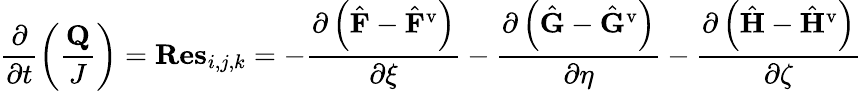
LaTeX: \frac{\partial}{\partial t}\left(\frac{\mathbf{Q}}{J}\right)=\mathbf{Res}_{i,j,k}=-\frac{\partial\left(\hat{\mathbf{F}}-\hat{\mathbf{F}}^{\mathrm{v}}\right)}{\partial\xi}-\frac{\partial\left(\hat{\mathbf{G}}-\hat{\mathbf{G}}^{\mathrm{v}}\right)}{\partial\eta}-\frac{\partial\left(\hat{\mathbf{H}}-\hat{\mathbf{H}}^{\mathrm{v}}\right)}{\partial\zeta}